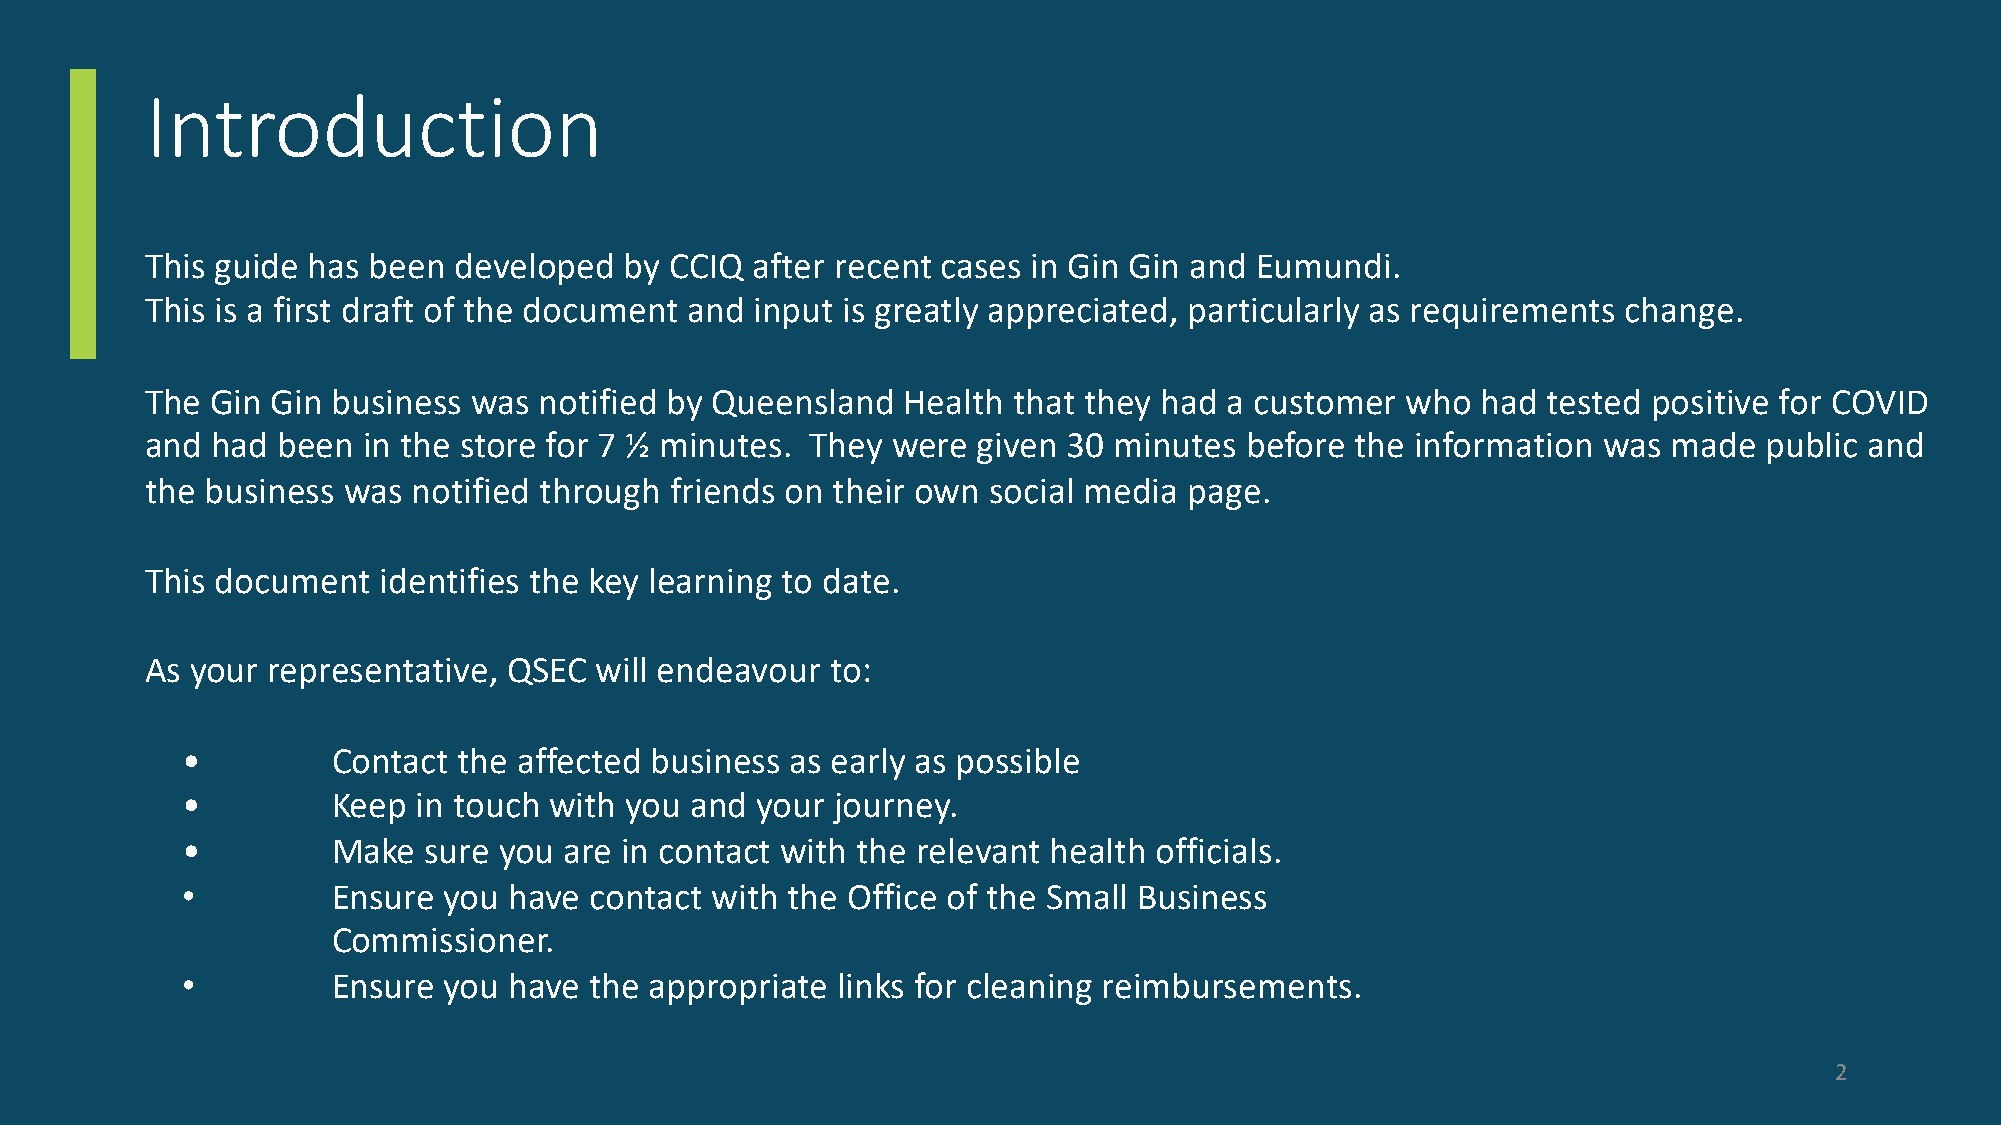
Introduction
 This guide has been developed  by CCIQ  after recent cases in Gin Gin and Eumundi.
 This is a first draft of the document and input is greatly appreciated, particularly as requirements change.
 The Gin Gin business was  notified by Queensland  Health that they had a customer  who  had tested positive for COVID
 and had been  in the store for 7 ½ minutes. They were  given 30 minutes before  the information was  made  public and
 the business was notified through friends on their own social media  page.
 This document  identifies the key learning to date.
 As your representative, QSEC will endeavour  to:
 •         Contact the affected business as early as possible
 •         Keep  in touch with you and your journey.
 •         Make  sure you are in contact with the relevant health officials.
 •         Ensure you  have contact with the Office of the Small Business
 Commissioner.
 •         Ensure you  have the appropriate links for cleaning reimbursements.
 2